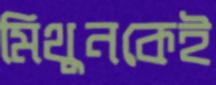
মিথুনকেই